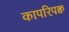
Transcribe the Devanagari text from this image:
कापरिपक्व